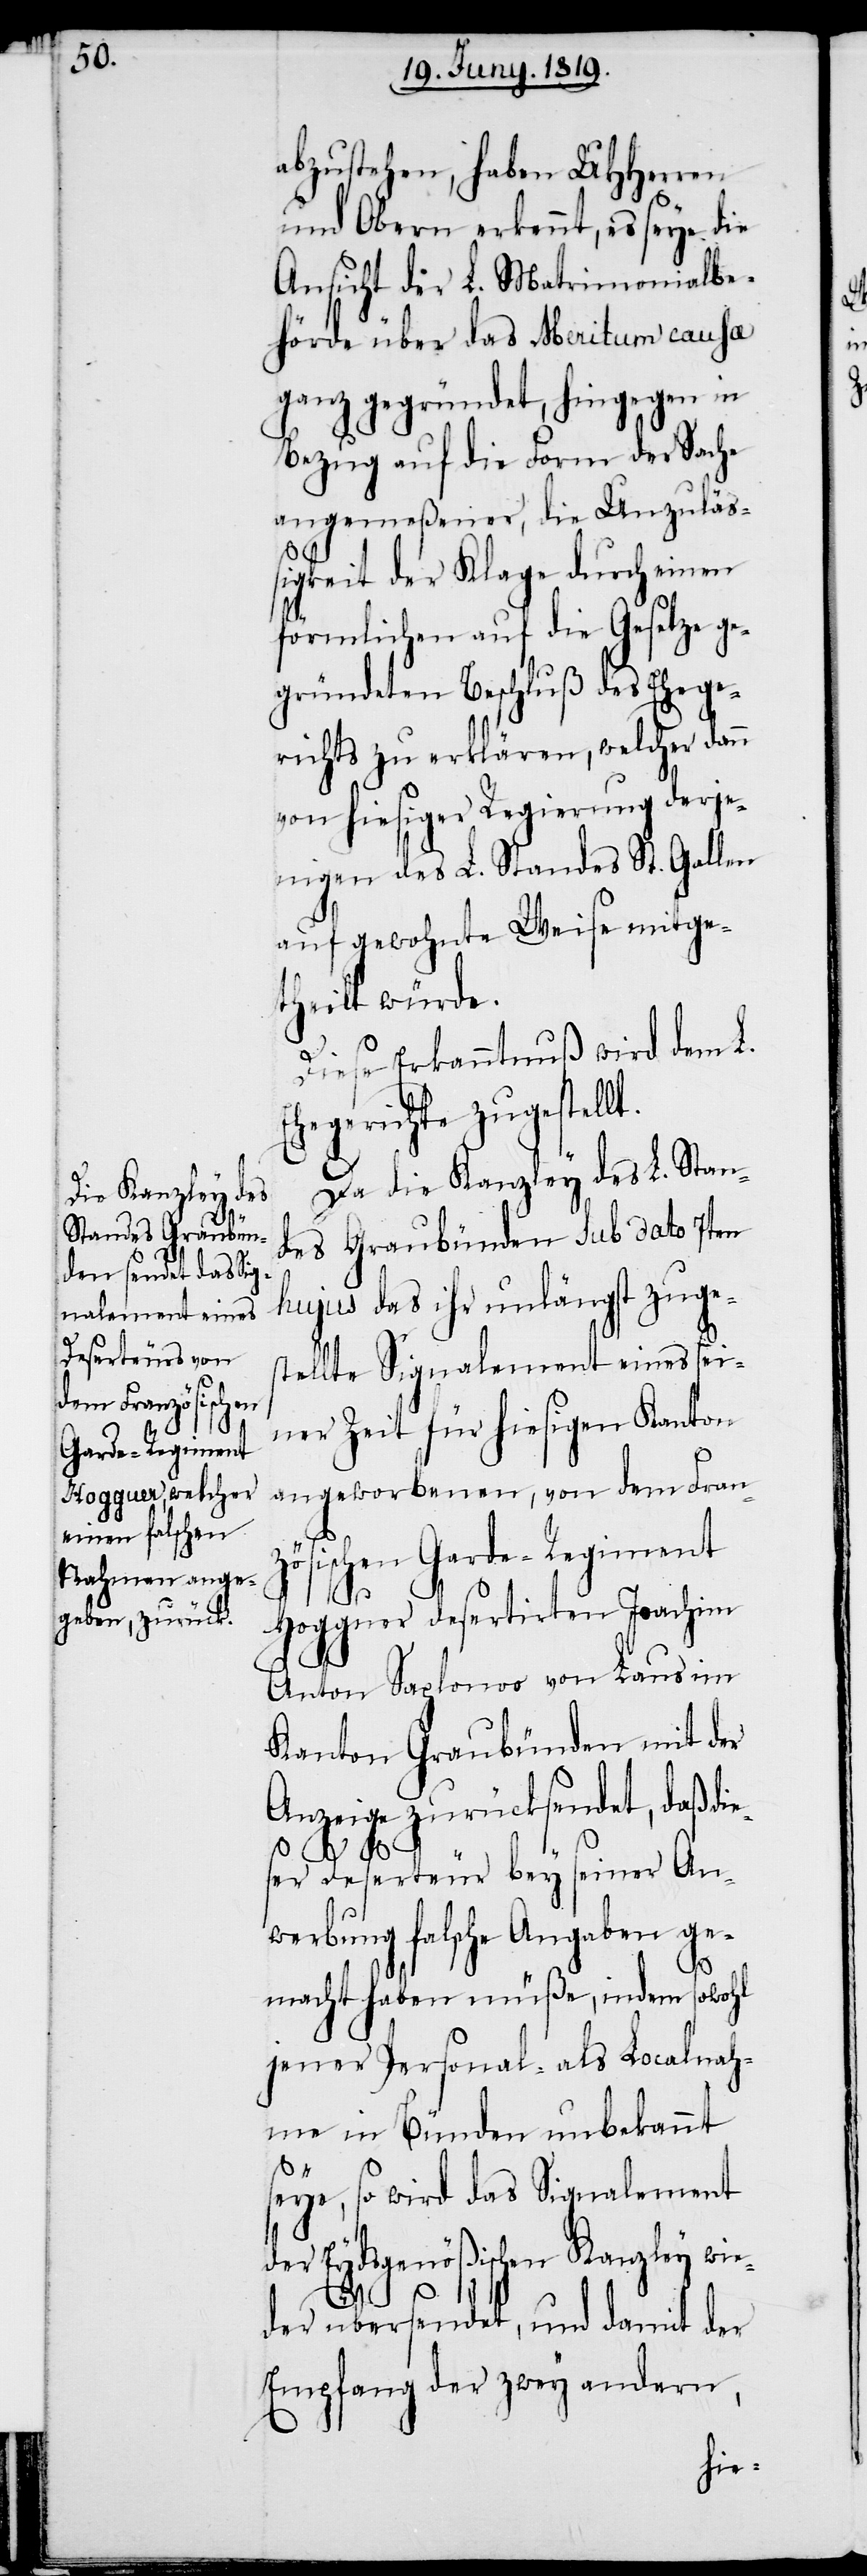
abzustehen, haben UHHerren
und Obern erkennt, es seye die
Ansicht der L. Matrimonialbe¬
hörde über das Meritum causa
ganz gegründet, hingegen in
Bezug auf die Form der Sache
angemeßener, die Unzuläs¬
sigkeit der Klage durch einen
förmlichen auf die Gesetze g¬
egründeten Beschluß des Ehege¬
richts zu erklären, welcher dann
von hiesiger Regierung derje¬
nigen des L. Standes St. Gallen
auf gewohnte Weise mitge¬
theilt würde.
Diese Erkanntnuß wird dem L.
Ehegerichte zugestellt.
Da die Kanzley des L. Stan¬
des Graubünden sub dato 7ten
hujus das ihr unlängst zuge¬
stellte Signalement eines sei¬
ner Zeit für hiesigen Kanton
angeworbenen, von dem Franz¬
ösischen Garde-Regiment
Hogguer desertirten Joachim
Anton Saplonoo von Laus im
Kanton Graubünden mit der
Anzeige zurücksendet, daß die¬
ser Deserteur bey seiner An¬
werbung falsche Angaben ge¬
macht haben müße, indem sowohl
jener Personal- als Localnah¬
me in Bünden unbekannt
seye, so wird das Signalement
der Eydsgenößischen Kanzley wie¬
der übersendet, und damit der
Empfang der zwey andern,